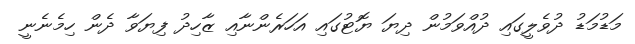
މަޑުމަޑު ދުވެލީގައި ދުއްވަމުން ދިޔަ ޔޮޓުގައި އަހަރެންނާއި ޒާހިދު ފިޔަވާ ދެން ހިމެނެނީ